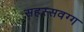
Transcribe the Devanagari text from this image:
सहस्सवग्ग